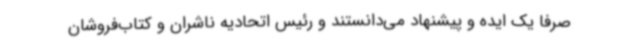
صرفا یک ایده و پیشنهاد می‌دانستند و رئیس اتحادیه ناشران و کتاب‌فروشان